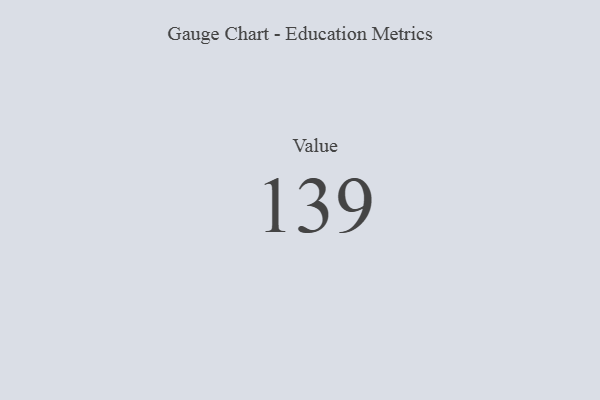
{"axis": {"x": "Metric", "y": "Value"}, "legend": [""], "data": [{"x": "Value", "y": 139, "type": ""}]}